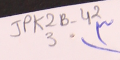
JPK2B-42 	3	٣)